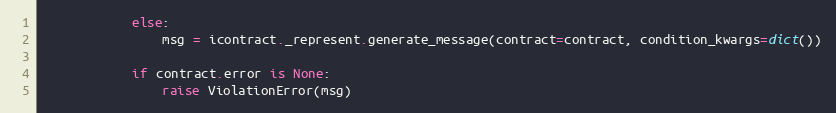
Language: Python
            else:
                msg = icontract._represent.generate_message(contract=contract, condition_kwargs=dict())

            if contract.error is None:
                raise ViolationError(msg)